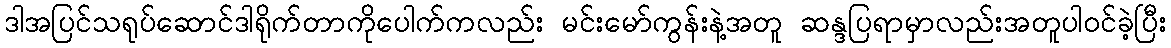
ဒါအပြင်သရုပ်ဆောင်ဒါရိုက်တာကိုပေါက်ကလည်း မင်းမော်ကွန်းနဲ့အတူ ဆန္ဒပြရာမှာလည်းအတူပါဝင်ခဲ့ပြီး